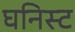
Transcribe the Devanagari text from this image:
घनिस्ट